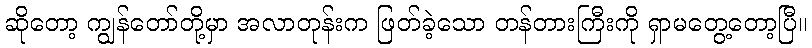
ဆိုတော့ ကျွန်တော်တို့မှာ အလာတုန်းက ဖြတ်ခဲ့သော တန်တားကြီးကို ရှာမတွေ့တော့ပြီ။